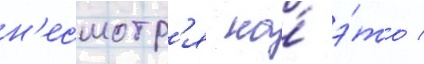
н'есмотр'я на́ э́то /